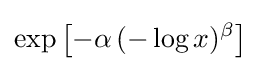
\exp \left[-\alpha \,(-\log x)^{\beta }\right]